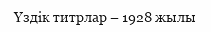
Үздік титрлар – 1928 жылы